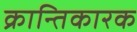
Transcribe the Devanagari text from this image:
क्रान्तिकारक